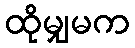
ထိုမျှမက